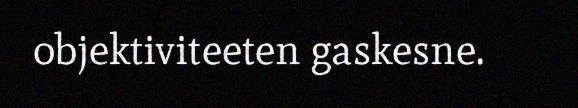
objektiviteeten gaskesne.